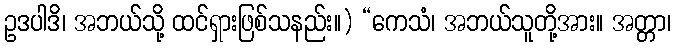
ဥဒပါဒိ၊ အဘယ်သို့ ထင်ရှားဖြစ်သနည်း။) “ကေသံ၊ အဘယ်သူတို့အား။ အတ္တာ၊